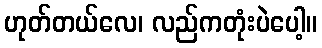
ဟုတ်တယ်လေ၊ လည်ကတုံးပဲပေါ့။